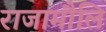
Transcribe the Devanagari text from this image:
राजामौलि